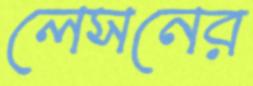
লেসনের